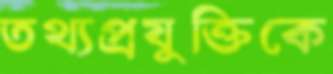
তথ্যপ্রযুক্তিকে